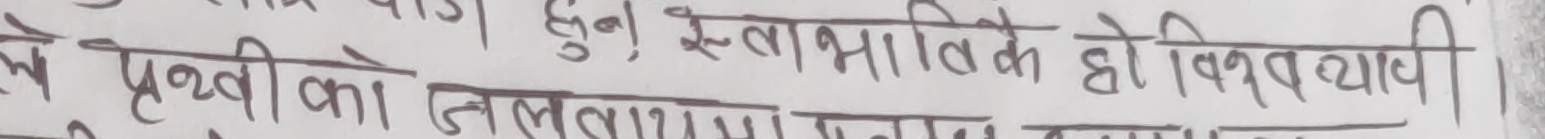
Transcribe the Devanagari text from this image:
वे पृथ्वीको जलतथा वायु हुन स्वाभाविक हो विश्वव्यापी।